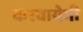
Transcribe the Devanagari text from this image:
करवायेगी